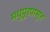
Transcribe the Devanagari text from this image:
मधुपूरपासून